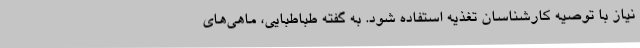
نیاز با توصیه کارشناسان تغذیه استفاده شود. به گفته طباطبایی، ماهی‌های